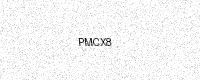
Text: PMCX8